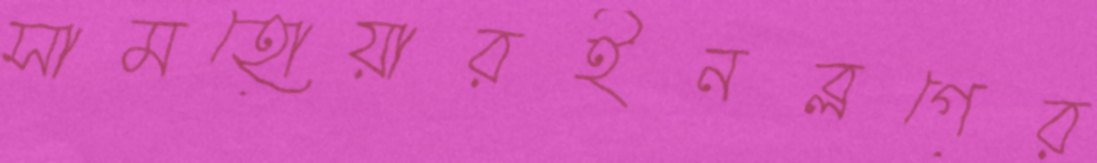
সামহোয়ারইনব্লগের